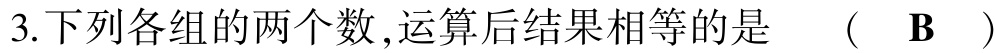
3.下列各组的两个数,运算后结果相等的是  （  B  ）